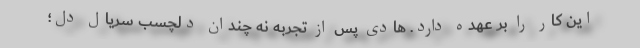
این کار را بر عهده دارد. هادی پس از تجربه نه چندان دلچسب سریال دل؛